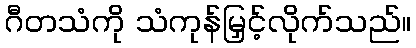
ဂီတသံကို သံကုန်မြှင့်လိုက်သည်။